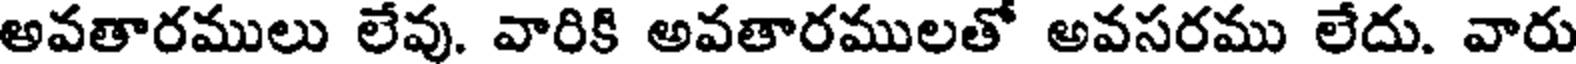
అవతారములు లేవు. వారికి అవతారములతో అవసరము లేదు. వారు